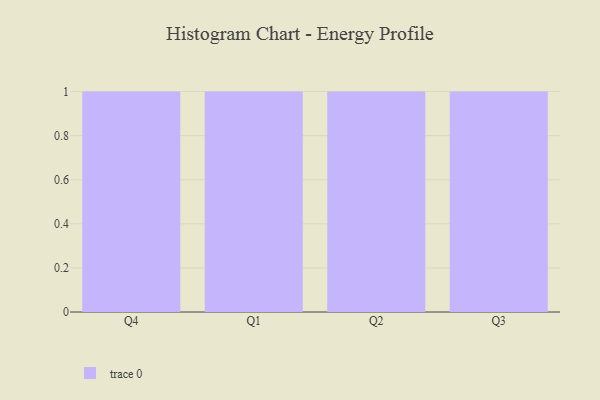
{"axis": {"x": "Quarter", "y": "Shipments"}, "legend": [""], "data": [{"x": "Q4", "y": 22, "type": ""}, {"x": "Q1", "y": 4, "type": ""}, {"x": "Q2", "y": 71, "type": ""}, {"x": "Q3", "y": 55, "type": ""}]}